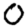
Digit: 0